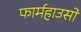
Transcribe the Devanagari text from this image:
फार्महाउसों